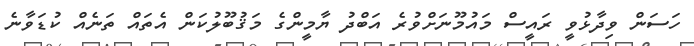
ހަސަން ވިދާޅުވީ ރައީސް މައުމޫނަށްވުރެ އަބްދު ޔާމީންގެ މަޤުބޫލުކަން އެތައް ތަނެއް ކުޑަވާނެ